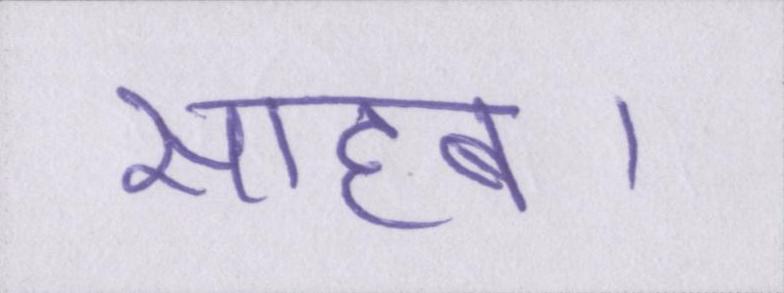
साहब।